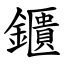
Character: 鑎